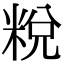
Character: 𥹲